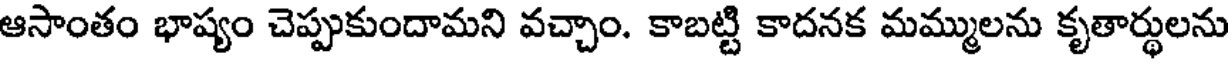
ఆసాంతం భాష్యం చెప్పుకుందామని వచ్చాం. కాబట్టి కాదనక మమ్ములను కృతార్థులను